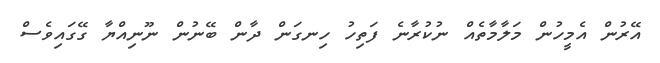
އޭރުން އެމީހުން މަލާމާތެއް ނުކުރާނެ ފަތިހު ހިނގަން ދާން ބޭނުން ނޫނިއްޔާ ގޭގައިވެސް